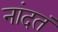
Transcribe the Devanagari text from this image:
नांदतं